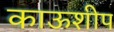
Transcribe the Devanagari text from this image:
काऊशीप